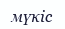
мүкіс